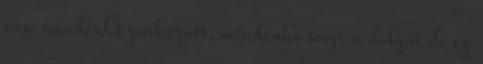
van mindenki zárkózott, mindenki teszi a dolgát de ez